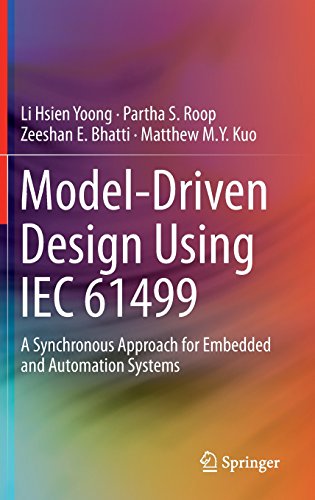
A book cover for Model-Driven Design Using IEC 61499: A Synchronous Approach for Embedded and Automation Systems; Li Hsien Yoong; Computers & Technology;